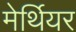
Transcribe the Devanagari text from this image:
मेर्थियर